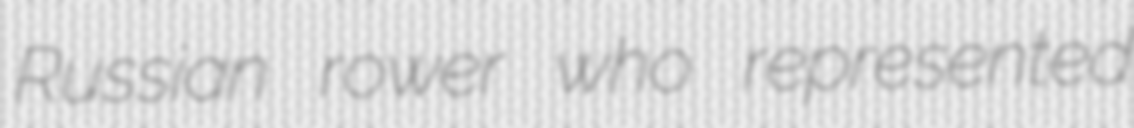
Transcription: Russian rower who represented